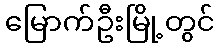
မြောက်ဦးမြို့တွင်